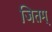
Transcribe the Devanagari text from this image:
जितम्